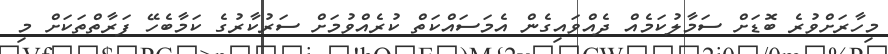
މިހާރަށްވުރެ ބޮޑަށް ސަމާލުކަމެއް ދެއްވައިގެން އެމަސައްކަތް ކުރެއްވުމަށް ސަރުކާރުގެ ކަމާބެހޭ ފަރާތްތަކަށް މި